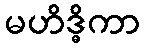
မဟိဒ္ဓိကာ